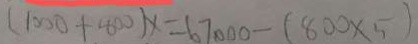
( 1 0 0 0 + 8 0 0 ) x = 6 7 0 0 0 - ( 8 0 0 \times 5 )